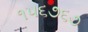
૧૫૬૭૬૭